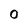
Character: O